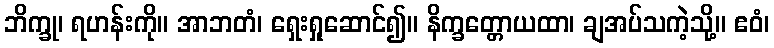
ဘိက္ခု၊ ရဟန်းကို။ အာဘတံ၊ ရှေးရှုဆောင်၍။ နိက္ခတ္တောယထာ၊ ချအပ်သကဲ့သို့။ ဧဝံ၊